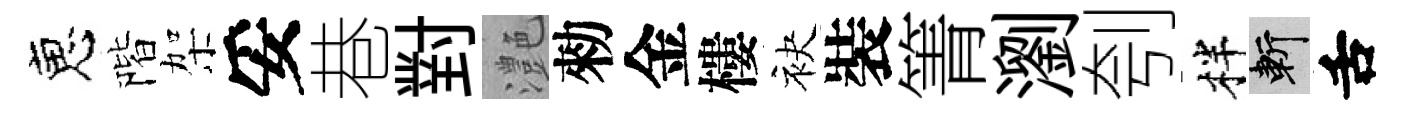
恵階架妥巷對灔勑金樓袂裝箐瀏刳柈斬舌